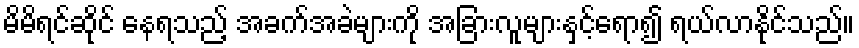
မိမိရင်ဆိုင် နေရသည့် အခက်အခဲများကို အခြားလူများနှင့်ရော၍ ရယ်လာနိုင်သည်။